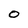
Character: O